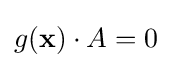
g(\mathbf {x} )\cdot A=0